Vaccination in Bombay 1889-1901 - 1889-1901
Year: 1889
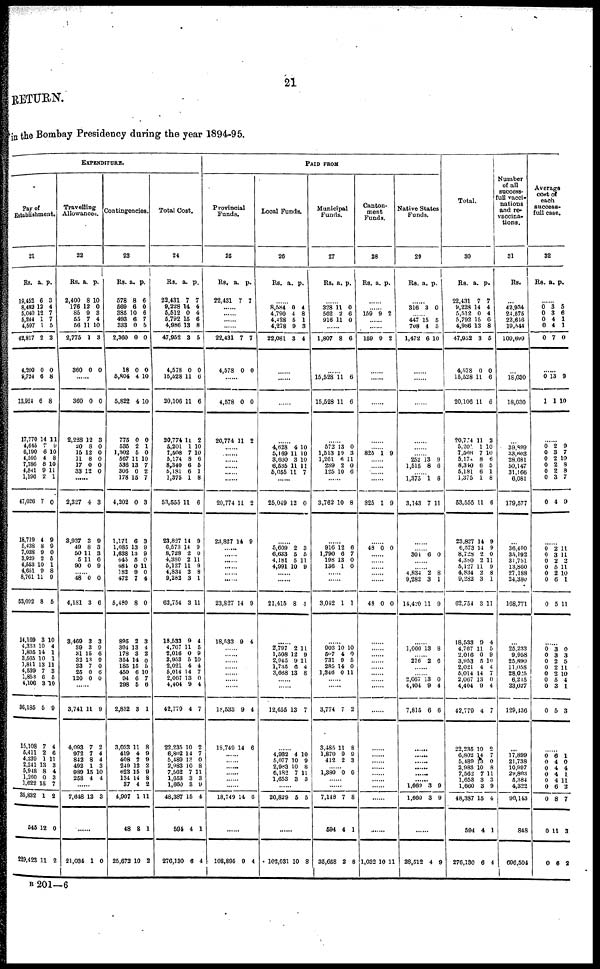
21
RETURN.
in the Bombay Presidency during the year 1894-95.
EXPENDITURE.
Pay of
Establishment.
21
Rs.
19,452
8,482
5,040
5,244
4,597
42,817
4,200
9,724
13,924
17,770
4,645
6,190
4,595
7,786
4,841
1,196
47,026
18,719
6,438
7,038
3,929
4,653
4,651
8,761
53,002
14,169
4,333
1,805
3,565
1,811
4,539
1,853
4,106
36,185
15,108
5,411
4,239
2,241 5,948
1,260
1,622
35,832
545
229,423
a.
6
12
12
1
1
2
0
6
6
14
7
6
4
8
9
2
7
4
8
9
2
10
9
11
8
3
10
14
10
13
7
6
3
5
7
2
1
13 8
0
15
1
12
11
p.
3
4
7
7
5
2
0
8
8
11
9
10
8
10
11
1
0
9
9
0
5
1
8
9
5
10
4
1
1
11
3
5
10
9
4
6
11
3
4
3
7
2
0
2
Travelling
Allowances.
22
Rs.
2,400
176
85
55
56
2,775
360
a.
8
12
9
7
11
1
0
p.
10
0
3
4
10
3
0
......
360
2,228
20
15
11
17
33
0
12
8
12
8
0
12
0
3
0
0
0
0
0
......
2,327
8,937
49
50
5
90
4
3
8
11
11
0
3
9
3
3
6
9
...... 48
4,181
3,469
39
31
32
23
25
120
0
3
3
3
15
13
7
0
0
0
6
3
9
6
9
0
6
0
......
3,741
4,093
972
842
492
989
258
11
7
7
8
1
15
4
9
2
4
4
3
10
4
......
7,648 12 3
......
21,034 1 0
Contingencies.
23
Rs.
578
569
885
493
333
2,360
18
5,804
5,822
775
535
1,302
567
536
306
178
4,202
1,171
1,085
1,638
445
484
182
472
5,480
895
394
178
354
185
450
94
298
2,852
3,033
419
408
249
623
134
37
4,907
48
25,672
a.
8
6
10
6
0
0
0
4
4
0
2
5
11
13
0
15
0
6
13
13
5
0
9
7
8
2
13
3
14
15
6
6
5
3
11
4
2
12
15
14
4
1
8
10
p.
6
0
6
7
5
0
0
10
10
0
1
0
10
7
2
7
3
3
9
9
0
11
0
4
0
3
4
2
0
5
10
7
6
1
8
9
9
2
9
8
2
11
1
2
Total Cost.
24
Rs.
22,431
9,228
5,512
5,792
4,986
47,952
4,578
15,528
20,106
20,774
5,201
7,508
5,174
8,340
5,181
1,375
53,555
23,827
6,573
8,728
4,380
5,127
4,834
9,282
62,754
18,533
4,767
2,016
3,953
2,021
5,014
2,067
4,404
42,779
22,235
6,802
5,489
2,983
7,562
1,653
1,660
48,387
594
276,130
a.
7
14
0
15
13
3
0
11
11
11
1
7
8
6
6
1
11
14
14
2
2
11
2
3
3
9
11
0
5
4
14
13
9
4
10
14
12
10
7
3
3
15
4
6
p.
7
4
4
6
8
5
0
6
6
2
10
10
6
5
1
8
6
9
9
0
11
9
8
1
11
4
5
9
10
4
7
0
4
7
2
7
0
8
11
3
9
4
1
4
PAID FROM
Provincial
Funds.
25
Rs.
22,431
a.
7
p.
7
......
......
......
......
22,431
4,578
7
0
7
0
......
4,578
20,774
0
11
0
2
......
......
......
......
......
......
20,774
23,827
11
14
2
9
......
......
...... ......
...... ......
23,827
18,533
14
9
9
4
......
......
......
......
......
......
......
18,533
18,749
9
14
4
6
......
......
......
......
......
......
18,749 14 6
......
108,895 9 4
Local Funds.
26
Rs. a. p.
......
8,584
4,790
4,428
4,278
22,081
0
4
5
9
3
4
8
1
3
4
......
......
......
......
4,628
5,169
3,660
6,535
5,055
4
11
3
11
11
10
10
10
11
7
......
25,049 12 0
......
5,609
6,633
4,181
4,991
2
5
5
10
3
5
11
9
......
......
21,415 8 4
......
2,797
1,508
2,945
1,735
3,668
2
12
9
6
13
11
9
11
4
8
......
......
12,655 13 7
......
4,932
5,077
2,983
6,182
1,653
4
10
10
7
3
10
9
8
11
3
......
20,829 5 5
......
102,031 10 8
Municipal
Funds.
27
Rs. a. p.
......
328
562
916
11
2
11
0
6
0
......
1,807 8 6
......
15,528
15,528
11
11
6
6
......
572
1,513
1,261
289
125
13
10
6 2
10
0
3
11
0
6
......
3,762 10 8
......
916
1,790
198
136
12
6
13
1
6
7
0
0
......
......
3,042 1 1
......
903
507
731
285
1,346
10
4
9
14
0
10
0
5
0
11
......
......
3,774
3,485
1,870
412
7
11
9
2
2
8
9
3
...... 1,380 0 0
......
......
7,148
594
35,658
7
4
2
8
1
8
Canton-
ment
Funds.
28
Rs. a. p.
......
...... 159 9 2
......
......
159 9 2
......
......
......
......
...... 825 1 9
......
......
......
......
825 1 9
......
48 0 0
......
......
......
......
......
48 0 0
......
......
......
......
......
......
......
......
......
......
......
......
......
......
......
......
......
......
1,032 10 11
Native States
Funds.
29
Rs. a. p.
......
316 3 0
...... 447
708
1,472
15
4
6
5
5
10
......
......
......
......
......
...... 252
1,515
13
8
9
6
...... 1,375
3,143
1
7
8
11
......
...... 304 6 0
......
...... 4,834
9,282
14,420
2
3
11
8
1
9
......
1,066 13 8
...... 276 2 6
......
...... 2,067
4,404
7,815
13
9
6
0
4
6
......
......
......
...... ......
...... 1,660
1,660
3
3
9
9
......
28,512 4 9
Total.
30
Rs.
22,431
9,228
5,512
5,792
4,986
47,952
4,578
15,528
20,106
20,774
5,201
7,508
5,179
8,340
5,181
1,375
53,555
23,827
6,573
8,728
4,380
5,127
4,834
9,282
62,754
18,533
4,767
2,016
3,953
2,021
5,014
2,067
4,404
42,779
22,235
6,802
5,489
2,983
7,562
1,653
1,660
48,387
594
276,130
a.
7
14
0
15
13
3
0
11
11
11
1
7
8
6
6
1
11
14
14
2
2
11
2
3
3
9
11
0
5
4
14
13
9
4
10
14
13
10
7
3
3
15
4
6
p.
7
4
4
6
8
5
0
6
6
2
10
10
6
6
1
8
6
9
9
0
11
9
8
1
11
4
5
9
10
4
7
0
4
7
2
7 0
8
11
3
9
4
1
4
Number
of all
success¬
full vacci-
nations
and re¬
vaccina-
tions.
31
Rs.
...
42,934
24,575
22,646
19,544
109,699
...
18,030
18,030
......
39,899
33,603
28,681
50,147
31,166
6,081
179,577
...
36,400
35,192
31,751
13,860
27,188
24,380
168,771
...
25,233
9,958
25,890
11,058
28,025
6,245
23,027
129,430
......
17,899
21,738
10,997
29,803
5,384
4,322
90,143
848
696,504
Average
cost of
each
success¬
full case.
32
Rs. a. p.
......
0
0
0
0
0
3
3
4
4
7
5 6
1
1
0
......
0
1
13
1
9
10
......
0
0
0
0
0
0
0
2
3
2
2
2
3
4
9 7
10
8
8
7
9
......
0
0
0
0
0
0
0
2
3
2
5
2
6
5
11
11
2 11
10
1
11
......
0
0
0
0
0
0
0
0
3
3
2
2
2
5
3
5
0
3
5
11
10
4
1
3
......
0
0
0
0
0
0
0
0
0
6
4
4
4
4
6
8
11
6
1
0
4
1
11
2
7
3
2
B 201—6